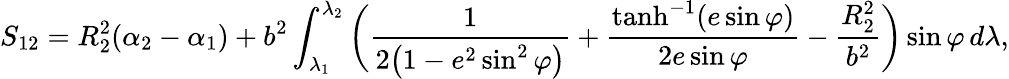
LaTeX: S_{12}=R_{2}^{2}(\alpha_{2}-\alpha_{1})+b^{2}\int_{\lambda_{1}}^{\lambda_{2}}{\biggl(}{\frac{1}{2{\bigl(}1-e^{2}\sin^{2}\varphi{\bigr)}}}+{\frac{\operatorname{tanh}^{-1}(e\sin\varphi)}{2e\sin\varphi}}-{\frac{R_{2}^{2}}{b^{2}}}{\biggr)}\sin\varphi\, d\lambda,